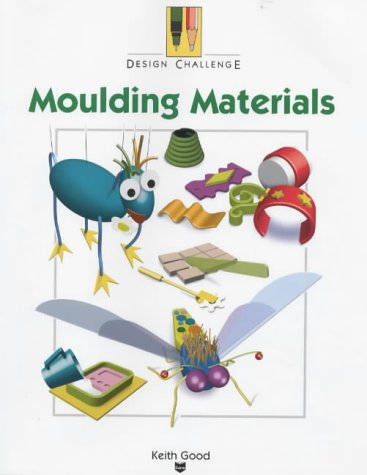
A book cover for Moulding Materials (Design Challenge); Keith Good; Children's Books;